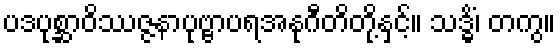
ပဒပုစ္ဆာဝိဿဇ္ဇနာပုဗ္ဗာပရအနုဂီတိတို့နှင့်။ သဒ္ဓိံ၊ တကွ။